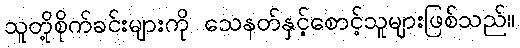
သူတို့စိုက်ခင်းများကို သေနတ်နှင့်စောင့်သူများဖြစ်သည်။